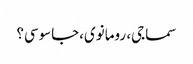
سماجی، رومانوی،جاسوسی؟